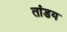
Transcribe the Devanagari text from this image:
तांडय